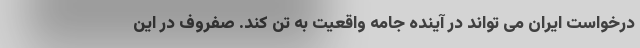
درخواست ایران می تواند در آینده جامه واقعیت به تن کند. صفروف در این